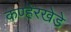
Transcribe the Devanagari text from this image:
कण्हेरखेडे